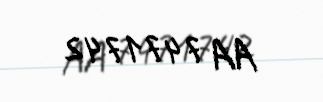
AA 7471742